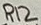
Text: R12